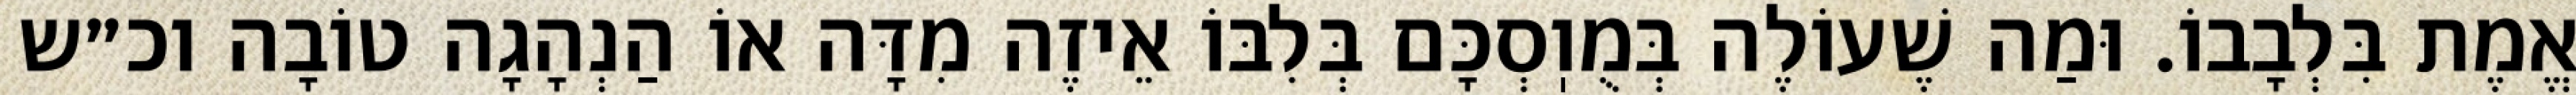
אֱמֶת בִּלְבָבוֹ. וּמַה שֶׁעוֹלֶה בְּמֻוֽסְכָּם בְּלִבּוֹ אֵיזֶה מִדָּה אוֹ הַנְהָגָה טוֹבָה וכ״ש